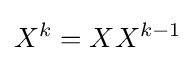
X^{k}=XX^{k-1}